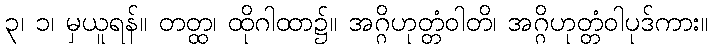
၃၊ ၁၊ မှယူရန်။ တတ္ထ၊ ထိုဂါထာ၌။ အဂ္ဂိဟုတ္တံဝါတိ၊ အဂ္ဂိဟုတ္တံဝါပုဒ်ကား။